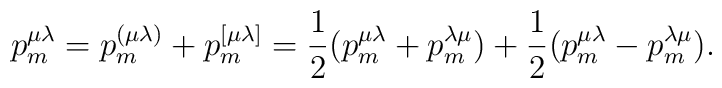
p^{\mu\lambda}_m=p^{(\mu\lambda)}_m +  p^{[\mu\lambda]}_m=\frac12(p^{\mu\lambda}_m+p^{\lambda\mu}_m) + \frac12(p^{\mu\lambda}_m-p^{\lambda\mu}_m).